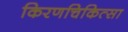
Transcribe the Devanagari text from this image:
किरणचिकित्सा